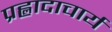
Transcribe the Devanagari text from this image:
प्रह्लादाचार्य